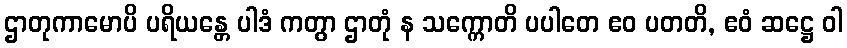
ဌာတုကာမောပိ ပရိယန္တေ ပါဒံ ကတွာ ဌာတုံ န သက္ကောတိ ပပါတေ ဧဝ ပတတိ, ဧဝံ ဆဋ္ဌေ ဝါ